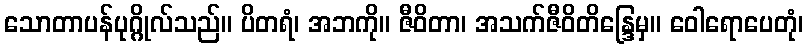
သောတာပန်ပုဂ္ဂိုလ်သည်။ ပိတရံ၊ အဘကို။ ဇီဝိတာ၊ အသက်ဇီဝိတိန္ဒြေမှ။ ဝေါရောပေတုံ၊